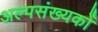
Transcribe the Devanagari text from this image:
अल्पसंख्यकोँ